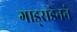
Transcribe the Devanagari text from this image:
गाड्सडेनने